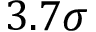
3 . 7 \sigma